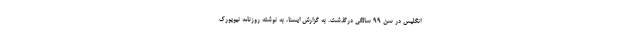
انگلیس در سن ۹۹ سالگی درگذشت. به گزارش ایسنا، به نوشته روزنامه نیویورک